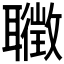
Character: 𦘇